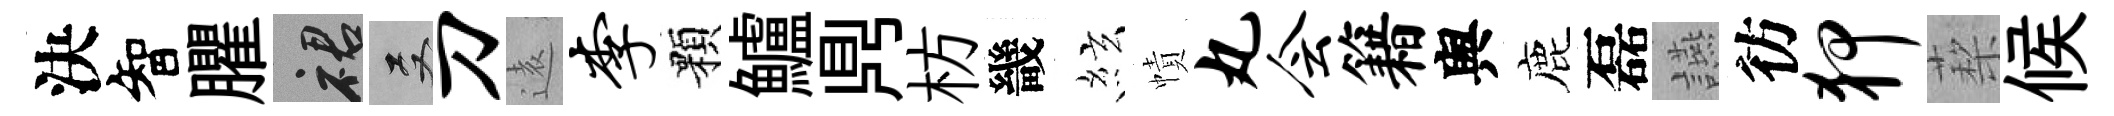
決智臞裙双刀逺李顆鱸𪔂枋畿絃幘丸会籍舆鹿磊讌彷狎蔾候